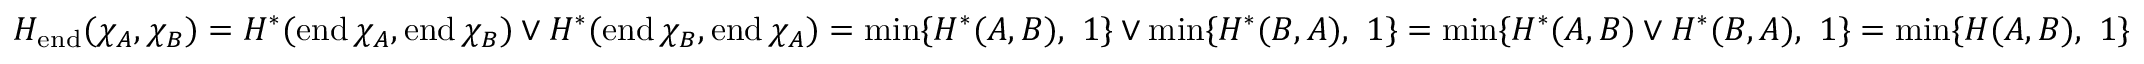
H _ { \mathrm { e n d } } ( \chi _ { A } , \chi _ { B } ) = H ^ { * } ( \mathrm { e n d } \, \chi _ { A } , \mathrm { e n d } \, \chi _ { B } ) \vee H ^ { * } ( \mathrm { e n d } \, \chi _ { B } , \mathrm { e n d } \, \chi _ { A } ) = \operatorname* { m i n } \{ H ^ { * } ( A , B ) , \ 1 \} \vee \operatorname* { m i n } \{ H ^ { * } ( B , A ) , \ 1 \} = \operatorname* { m i n } \{ H ^ { * } ( A , B ) \vee H ^ { * } ( B , A ) , \ 1 \} = \operatorname* { m i n } \{ H ( A , B ) , \ 1 \}